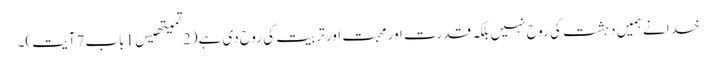
خدا نے ہمیں دہشت کی روح نہیں بلکہ قدرت اور محبت اور تربیت کی روح دی ہے(2تمیتھیس1باب7آیت)۔